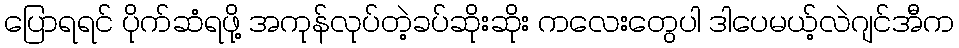
ပြောရရင် ပိုက်ဆံရဖို့ အကုန်လုပ်တဲ့ခပ်ဆိုးဆိုး ကလေးတွေပါ ဒါပေမယ့်လဲဂျင်အီက